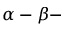
\alpha - \beta -